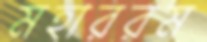
মহাররম